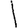
Digit: 1